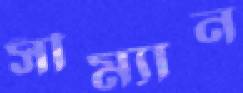
সীম্যান